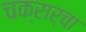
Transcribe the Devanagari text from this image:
चक्रार्चा